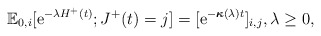
\begin{align*}\mathbb{E}_{0,i}[{\rm e}^{-\lambda H^+(t)}; J^+(t) = j] = [{\rm e}^{-\boldsymbol{\kappa}(\lambda) t }]_{i,j}, \lambda \geq 0,\end{align*}